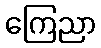
ကြေညာ